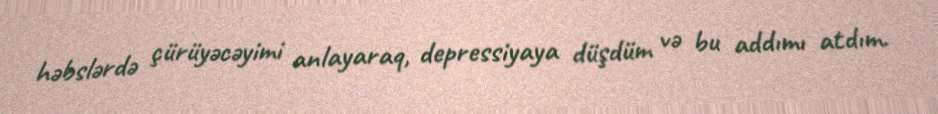
həbslərdə çürüyəcəyimi anlayaraq, depressiyaya düşdüm və bu addımı atdım.